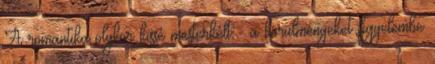
A romantika olykor kissé mesterkélt - a körülményeket figyelembe